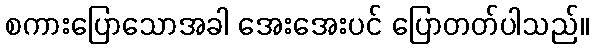
စကားပြောသောအခါ အေးအေးပင် ပြောတတ်ပါသည်။